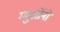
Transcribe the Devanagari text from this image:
म्युओंनो